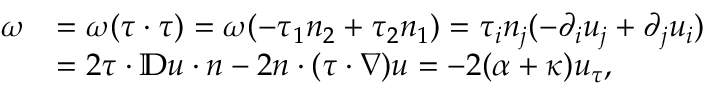
\begin{array} { r l } { \omega } & { = \omega ( \tau \cdot \tau ) = \omega ( - \tau _ { 1 } n _ { 2 } + \tau _ { 2 } n _ { 1 } ) = \tau _ { i } n _ { j } ( - \partial _ { i } u _ { j } + \partial _ { j } u _ { i } ) } \\ & { = 2 \tau \cdot \mathbb { D } u \cdot n - 2 n \cdot ( \tau \cdot \nabla ) u = - 2 ( \alpha + \kappa ) u _ { \tau } , } \end{array}